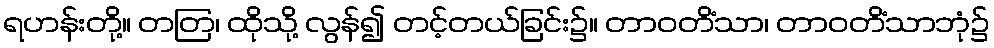
ရဟန်းတို့။ တတြ၊ ထိုသို့ လွန်၍ တင့်တယ်ခြင်း၌။ တာဝတိံသာ၊ တာဝတိံသာဘုံ၌